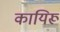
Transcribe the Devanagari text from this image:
कायिरू